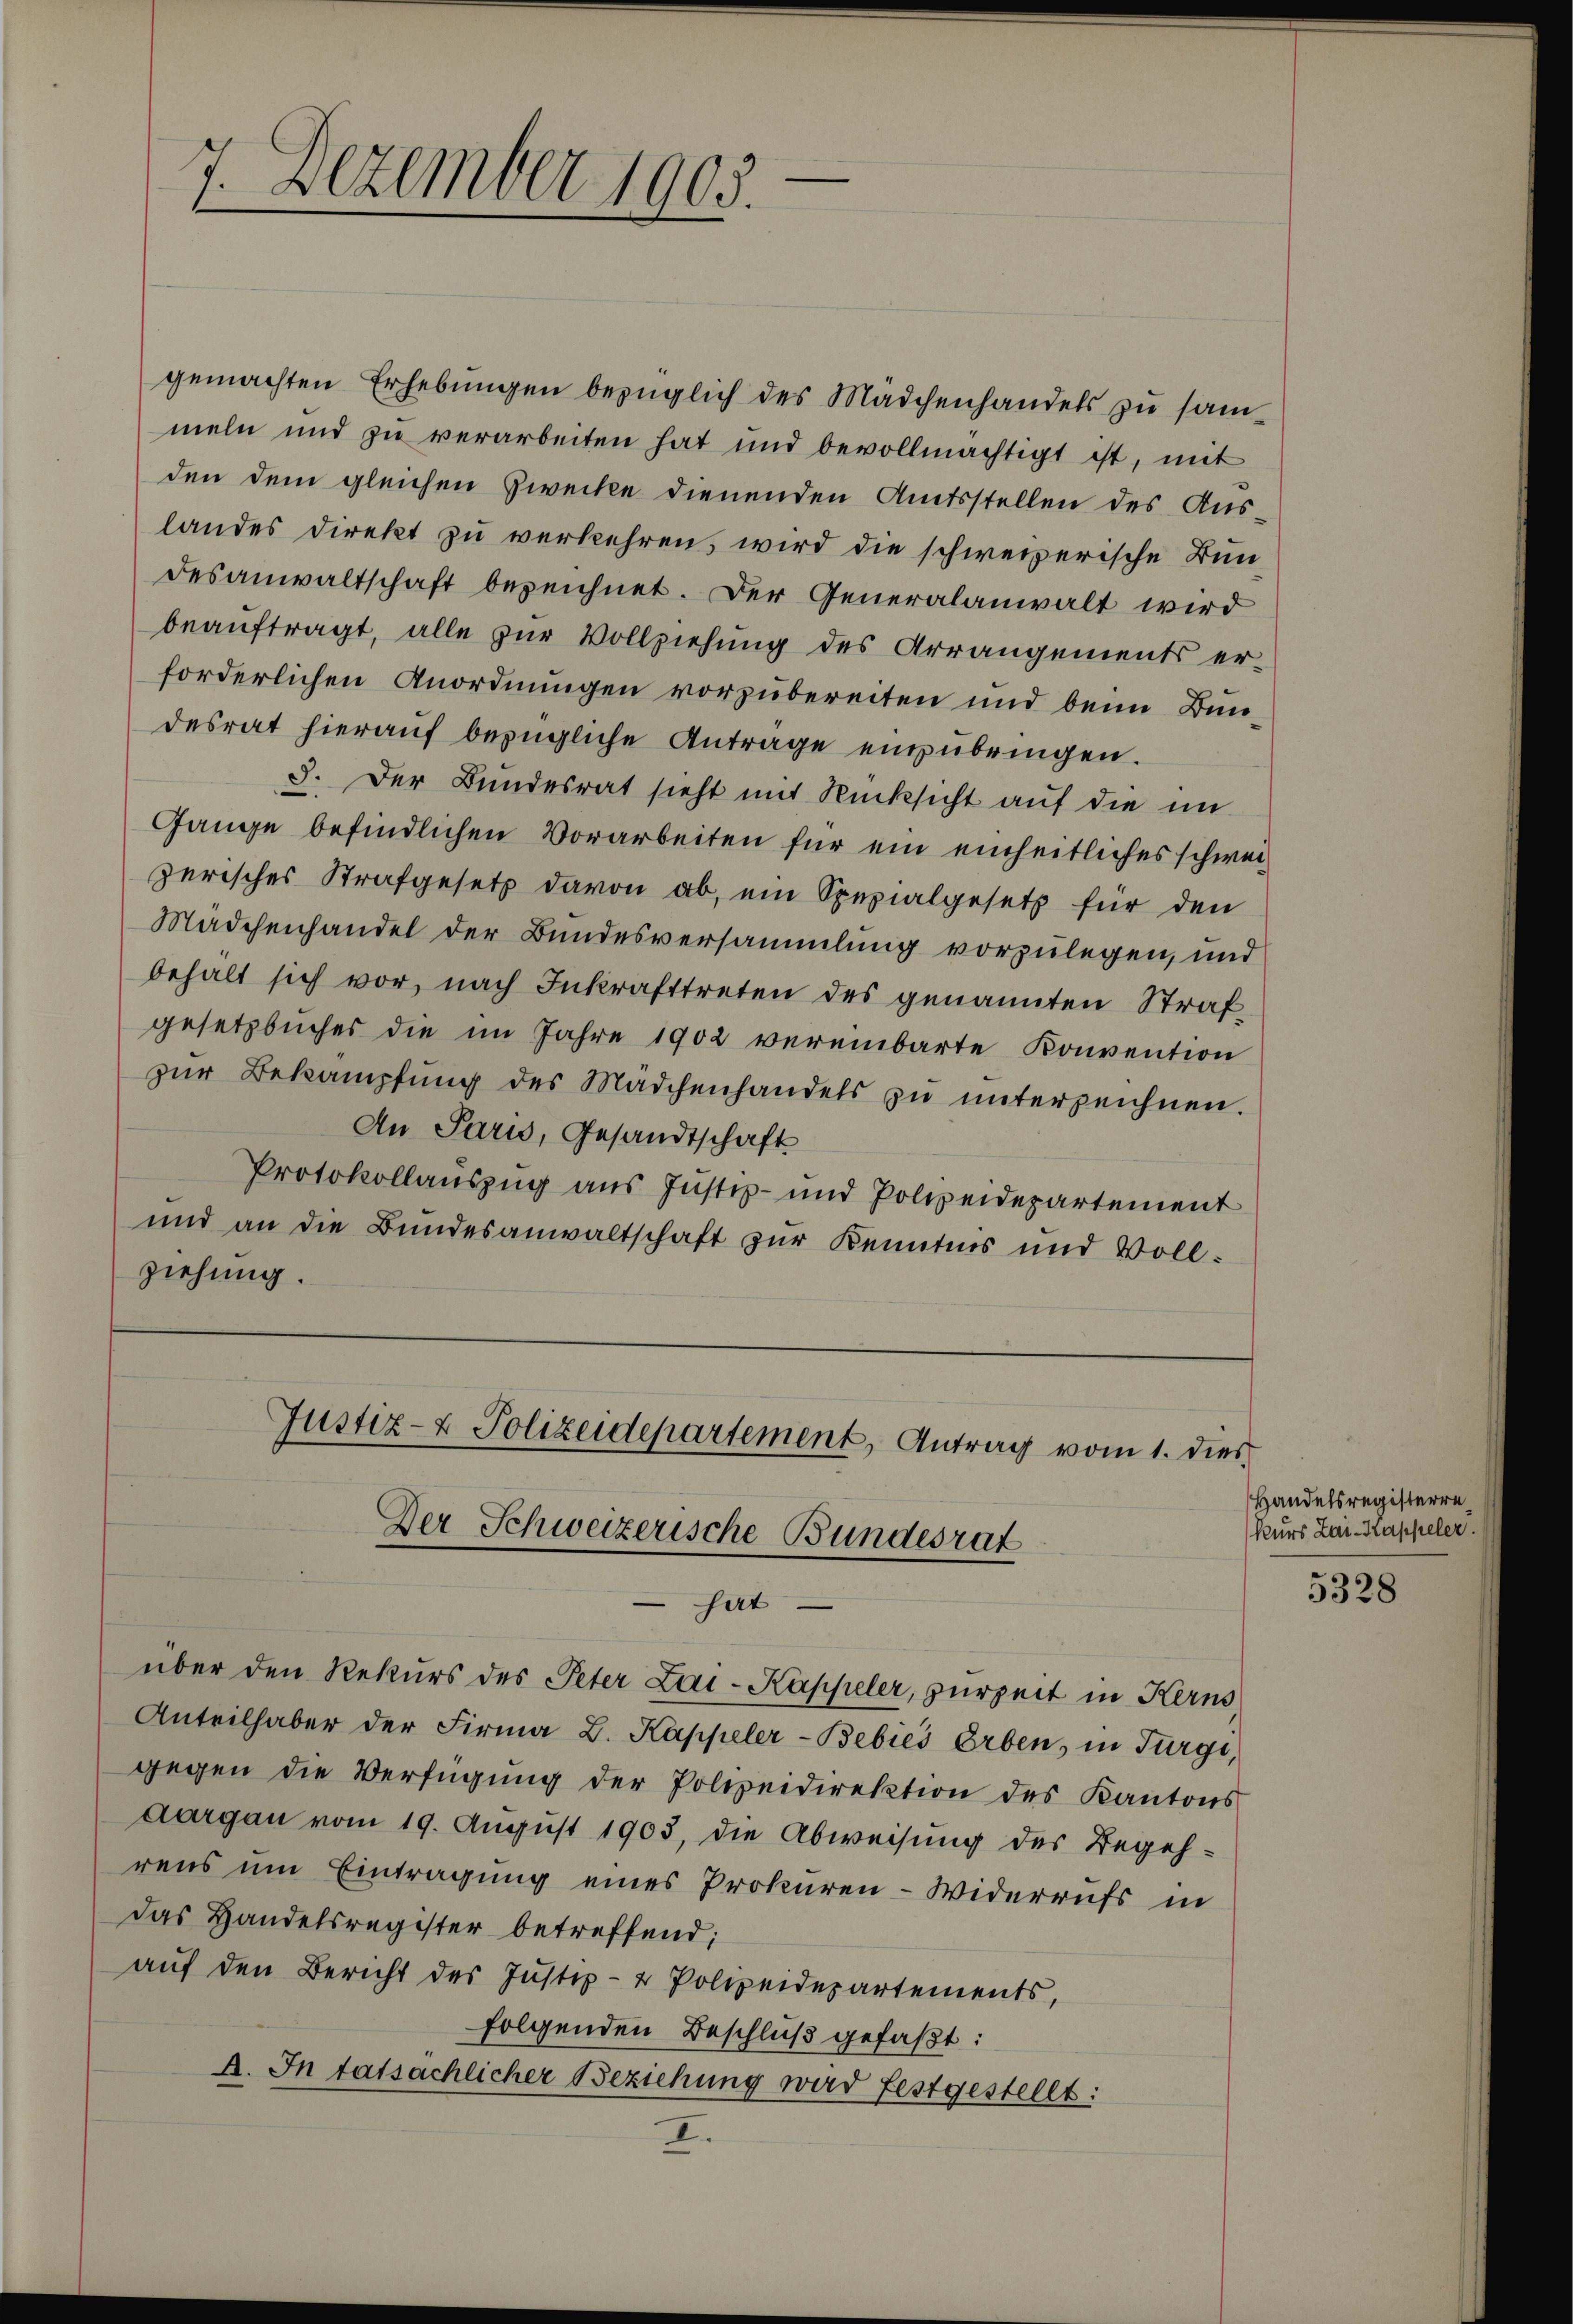
gemachten Erhebungen bezüglich des Mädchenhandels zu sammeln und zu verarbeiten hat und bevollmächtigt ist, mit
den dem gleichen Zwecke dienenden Amtsstellen des Auslandes direkt zu verkehren, wird die schweizerische Bun-
desanwaltschaft bezeichnet. Der Generalanwalt wird
beauftragt, alle zur Vollziehung des Arrangements erforderlichen Anordnungen vorzubereiten und beim Bundesrat hieraŭf bezügliche Antrage einzŭbringen.
8. Der Bundesrat sieht mit Rücksicht auf die im
Gange befindlichen Vorarbeiten für ein einheitliches schweizerisches Strafgesetz davon ab, ein Spezialgesetz für den
Mädchenhandel der Bundesversammlung vorzulegen, und
behalt sich vor, nach Inkrafttreten des genannten Straf-
gesetzbuches die im Jahre 1902 vereinbarte Konvention
zŭr Bekämpfŭng des Mädchenhandels zu unterzeichnen.
An Paris, Gesandtschaft
Protokollauszug aus Justiz- und Polizeidepartement
und an die Bundesanwaltschaft zur Kenntnis und Voll-
ziehung.

5
1 Dezember 1905.

Justiz- & Polizeidepartement, Antrag vom 1. dies
Der Schweizerische Bundesrat
hat
über den Rekurs des Peter Lai-Kappeler, zurzeit in Kerns

Anteilhaber der Firma B. Kappeler-Bebiés Erben, in Türgi,
gegen die Verfügŭng der Polizeidirektion des Kantons
Aargau vom 19. August 1903, die Abweisung des Begehrens um Eintragung eines Prokuren-Widerrufs in
Das Handelsregister betreffend;
aŭf den Bericht des Justiz- & Polizeidepartements,
folgenden Beschluß gefaßt:
A. In tatsächlicher Beziehung wird festgestellt:
II.

Handelsregisterre
kurs Lai-Kappeler.

5328